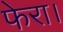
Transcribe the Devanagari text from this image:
फेरा।